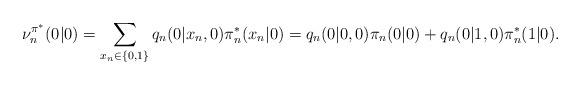
LaTeX: \begin{align*}\nu^{\pi^*}_n(0|0)=\sum_{x_n\in\{0,1\}}q_n(0|x_n,0)\pi^*_n(x_n|0)=q_n(0|0,0)\pi_n(0|0)+q_n(0|1,0)\pi^*_n(1|0).\end{align*}